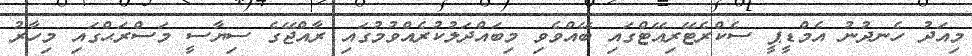
މިއަދު ހެނދުނު އެމްޑީޕީ ސެކްރެޓޭރިއޭޓްގައި ބޭއްވެވި މިބައްދަލުކުރެއްވުމުގައި ރާއްޖޭގެ ސިޔާސީ މަސްރަޙްގައި މިހާރު